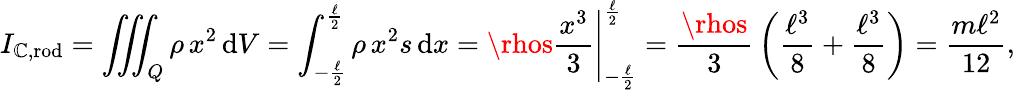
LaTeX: I_{\mathbb{C},{\mathrm{{rod}}}}=\iiint_{Q}\rho\, x^{2}\, \mathrm{{d}}V=\int_{-{\frac{{\ell}}{{2}}}}^{\frac{{\ell}}{{2}}}\rho\, x^{2}s\, \mathrm{{d}}x=\left.\rhos{\frac{{x^{3}}}{{3}}}\right|_{-{\frac{{\ell}}{{2}}}}^{\frac{{\ell}}{{2}}}={\frac{{\rhos}}{{3}}}\left({\frac{{\ell^{3}}}{{8}}}+{\frac{{\ell^{3}}}{{8}}}\right)={\frac{{m\ell^{2}}}{{12}}},